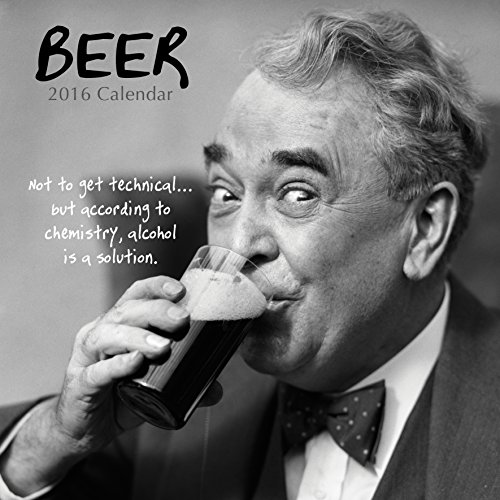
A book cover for Beer Quotes 2016 Wall Calendar by The Gifted Stationery Company; Calendars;